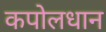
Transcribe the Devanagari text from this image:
कपोलधान